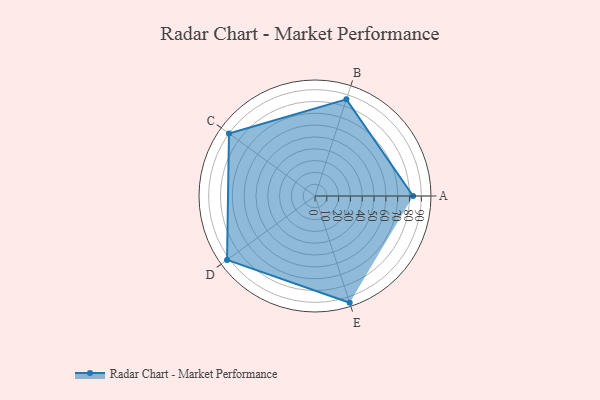
{"axis": {"x": "Skill", "y": "Score"}, "legend": ["Profile"], "data": [{"x": "A", "y": 83.0, "type": "Profile"}, {"x": "B", "y": 86.0, "type": "Profile"}, {"x": "C", "y": 90.0, "type": "Profile"}, {"x": "D", "y": 92.0, "type": "Profile"}, {"x": "E", "y": 95.0, "type": "Profile"}]}